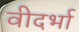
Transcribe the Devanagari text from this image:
वीदर्भा